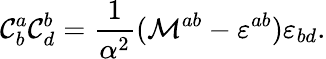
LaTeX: {\cal C}_{b}^{a}{\cal C}_{d}^{b}=\frac{1}{\alpha^{2}}({\cal M}^{ab}-\varepsilon^{ab})\varepsilon_{bd}.